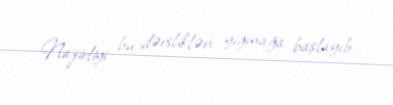
Nazirliyi bu dərslikləri yığmağa başlayıb.